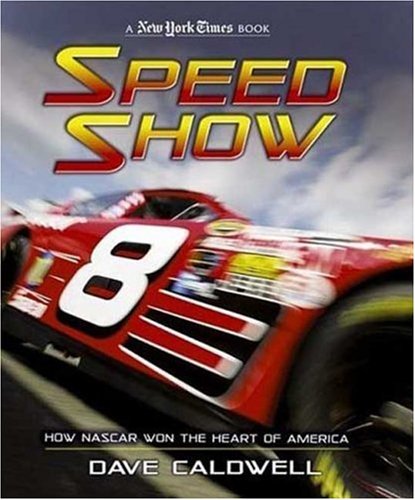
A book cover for New York Times Speed Show: How NASCAR Won the Heart of America; Dave Caldwell; Teen & Young Adult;